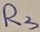
Text: R3